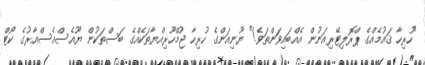
"ހުރިހާ ޤައުމެއްގެ ޕްރޮލިޓޭރިއަނުން އެއްބައިވަންތަވެ!" ޔޫނިއަންގެ ހުރިހާ ޖުމްހޫރިއްޔާތަކެއްގެ ބަސްތަކުން ޔޫއެސްއެސްއާރުގެ ކޯޓް